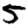
Digit: 5